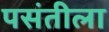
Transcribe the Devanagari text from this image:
पसंतीला